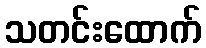
သတင်းထောက်